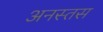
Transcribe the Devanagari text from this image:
अनस्तस